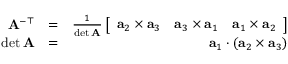
\begin{array} { r l r } { \mathbf { A } ^ { - \top } } & { = } & { \frac { 1 } { \operatorname* { d e t } \mathbf { A } } \left[ \begin{array} { c c c } { \mathbf { a } _ { 2 } \times \mathbf { a } _ { 3 } } & { \mathbf { a } _ { 3 } \times \mathbf { a } _ { 1 } } & { \mathbf { a } _ { 1 } \times \mathbf { a } _ { 2 } } \end{array} \right] } \\ { \operatorname* { d e t } \mathbf { A } } & { = } & { \mathbf { a } _ { 1 } \cdot ( \mathbf { a } _ { 2 } \times \mathbf { a } _ { 3 } ) } \end{array}